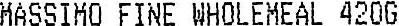
MASSIMO FINE WHOLEMEAL 420G